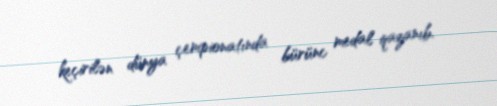
keçirilən dünya çempionatında bürünc medal qazanıb.